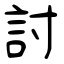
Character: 討